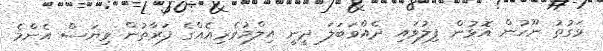
ވަގުތު ނޫހުން އޮޅުން ފިލުވައި ދެއްވަބަލަ ދީނީ އިލްމުވެރިއެއްގެ ފަރާތުން ވިޔަސް އެންމެ